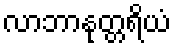
လာဘာနုတ္တရိယံ